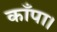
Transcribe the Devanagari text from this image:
काँपा।